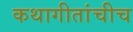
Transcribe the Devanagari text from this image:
कथागीतांचीच